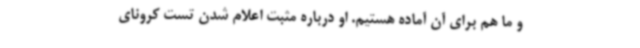
و ما هم برای آن آماده هستیم. او درباره مثبت اعلام شدن تست کرونای